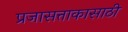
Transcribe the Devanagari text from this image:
प्रजासत्ताकासाठी